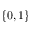
\{ 0 , 1 \}